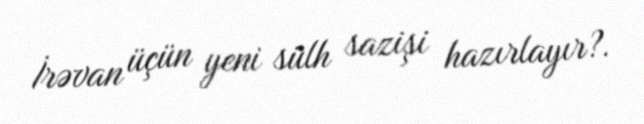
İrəvan üçün yeni sülh sazişi hazırlayır?.